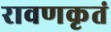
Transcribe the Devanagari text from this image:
रावणकृतं